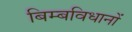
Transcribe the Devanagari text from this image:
बिम्बविधानों